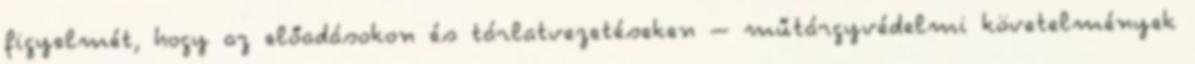
figyelmét, hogy az előadásokon és tárlatvezetéseken – műtárgyvédelmi követelmények